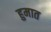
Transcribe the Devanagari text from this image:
हुमात